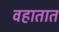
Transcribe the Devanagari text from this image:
वहातात